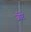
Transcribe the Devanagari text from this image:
जोरे